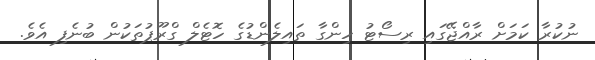
ނުކުރާ ކަމަށް ރާއްޖޭގައި ރިސޯޓު ހިންގާ ތައިލެންޑުގެ ހޮޓެލް ގްރޫޕުތަކުން ބުނެފި އެވެ.